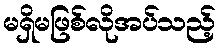
မရှိမဖြစ်လိုအပ်သည့်